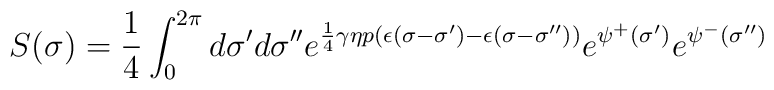
S(\sigma) = \frac{1}{4}\int^{2\pi}_0 d\sigma' d\sigma''e^{\frac{1}{4} \gamma \eta p \left(\epsilon(\sigma-\sigma') -\epsilon(\sigma-\sigma'')\right)} e^{\psi^+ (\sigma')}e^{\psi^- (\sigma'')}